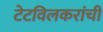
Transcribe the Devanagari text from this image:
टेटविलकरांची